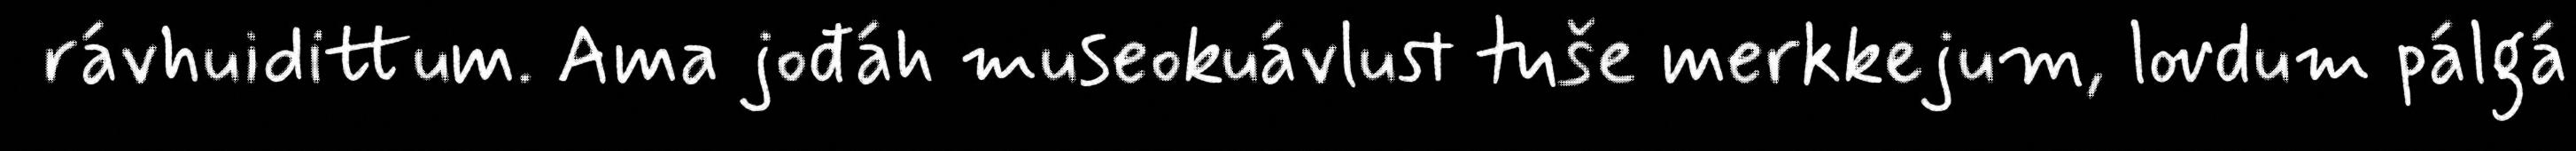
rávhuidittum. Ama jođáh museokuávlust tuše merkkejum, lovdum pálgá